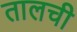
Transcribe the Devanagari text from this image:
तालची